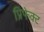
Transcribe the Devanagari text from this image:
प्रिफेक्ट